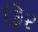
ફિર